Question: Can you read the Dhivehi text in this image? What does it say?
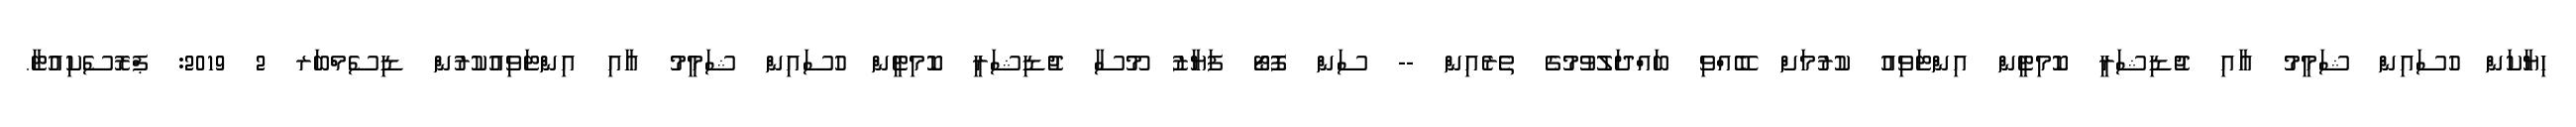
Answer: ހިޔާކަން ހުސައިން ޝަމީމު އާއި ޖުޑިޝަރީ ކޮމިޓީން އިންޓަވިއު ކުރުމަށް ބޭއްވި ބައްދަލުވުމުގެ ތެރެއިން -- ސަން ފޮޓޯ ފަޔާޒު މޫސާ ޖުޑިޝަރީ ކޮމިޓީން ހުސައިން ޝަމީމު އާއި އިންޓަވިއުކުރުން ޑިސެމްބަރ 2 2019: ޕްރޮސެކިއުޓާ.